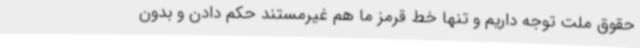
حقوق ملت توجه داریم و تنها خط قرمز ما هم غیرمستند حکم دادن و بدون